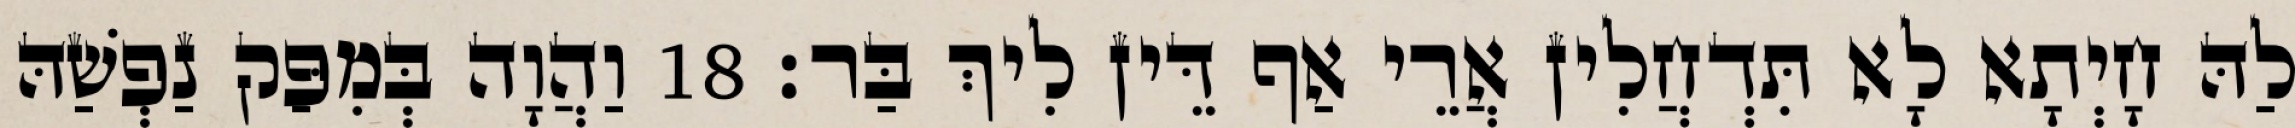
לַהּ חָיְתָא לָא תִּדְחֲלִין אֲרֵי אַף דֵּין לִיךְ בַּר׃ 18 וַהֲוָה בְּמִפַּק נַפְשַׁהּ